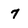
Character: 7